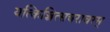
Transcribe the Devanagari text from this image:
यत्किञ्चित्सचराचरम्